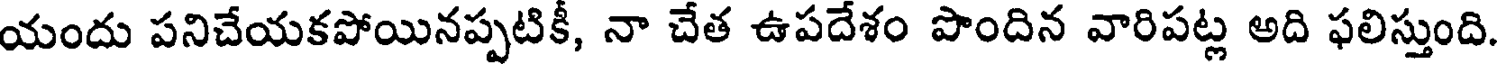
యందు పనిచేయకపోయినప్పటికీ, నా చేత ఉపదేశం పొందిన వారిపట్ల అది ఫలిస్తుంది